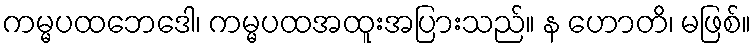
ကမ္မပထဘေဒေါ၊ ကမ္မပထအထူးအပြားသည်။ န ဟောတိ၊ မဖြစ်။